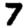
Digit: 7